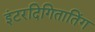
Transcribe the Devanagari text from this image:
इंटरदिगितातिंग